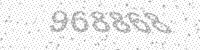
Solution: 968868